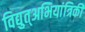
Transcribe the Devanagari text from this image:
विद्युत्अभियांत्रिकी